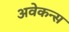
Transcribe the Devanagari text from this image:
अवेकन्स